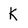
Character: K